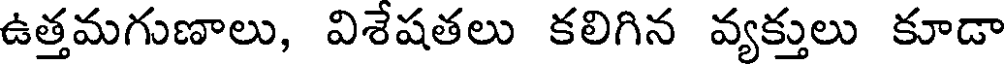
ఉత్తమగుణాలు, విశేషతలు కలిగిన వ్యక్తులు కూడా